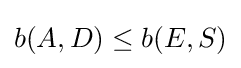
b(A,D)\leq b(E,S)